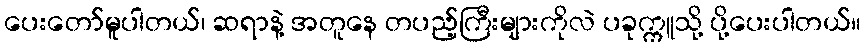
ပေးတော်မူပါတယ်၊ ဆရာနဲ့ အတူနေ တပည့်ကြီးများကိုလဲ ပခုက္ကူသို့ ပို့ပေးပါတယ်။